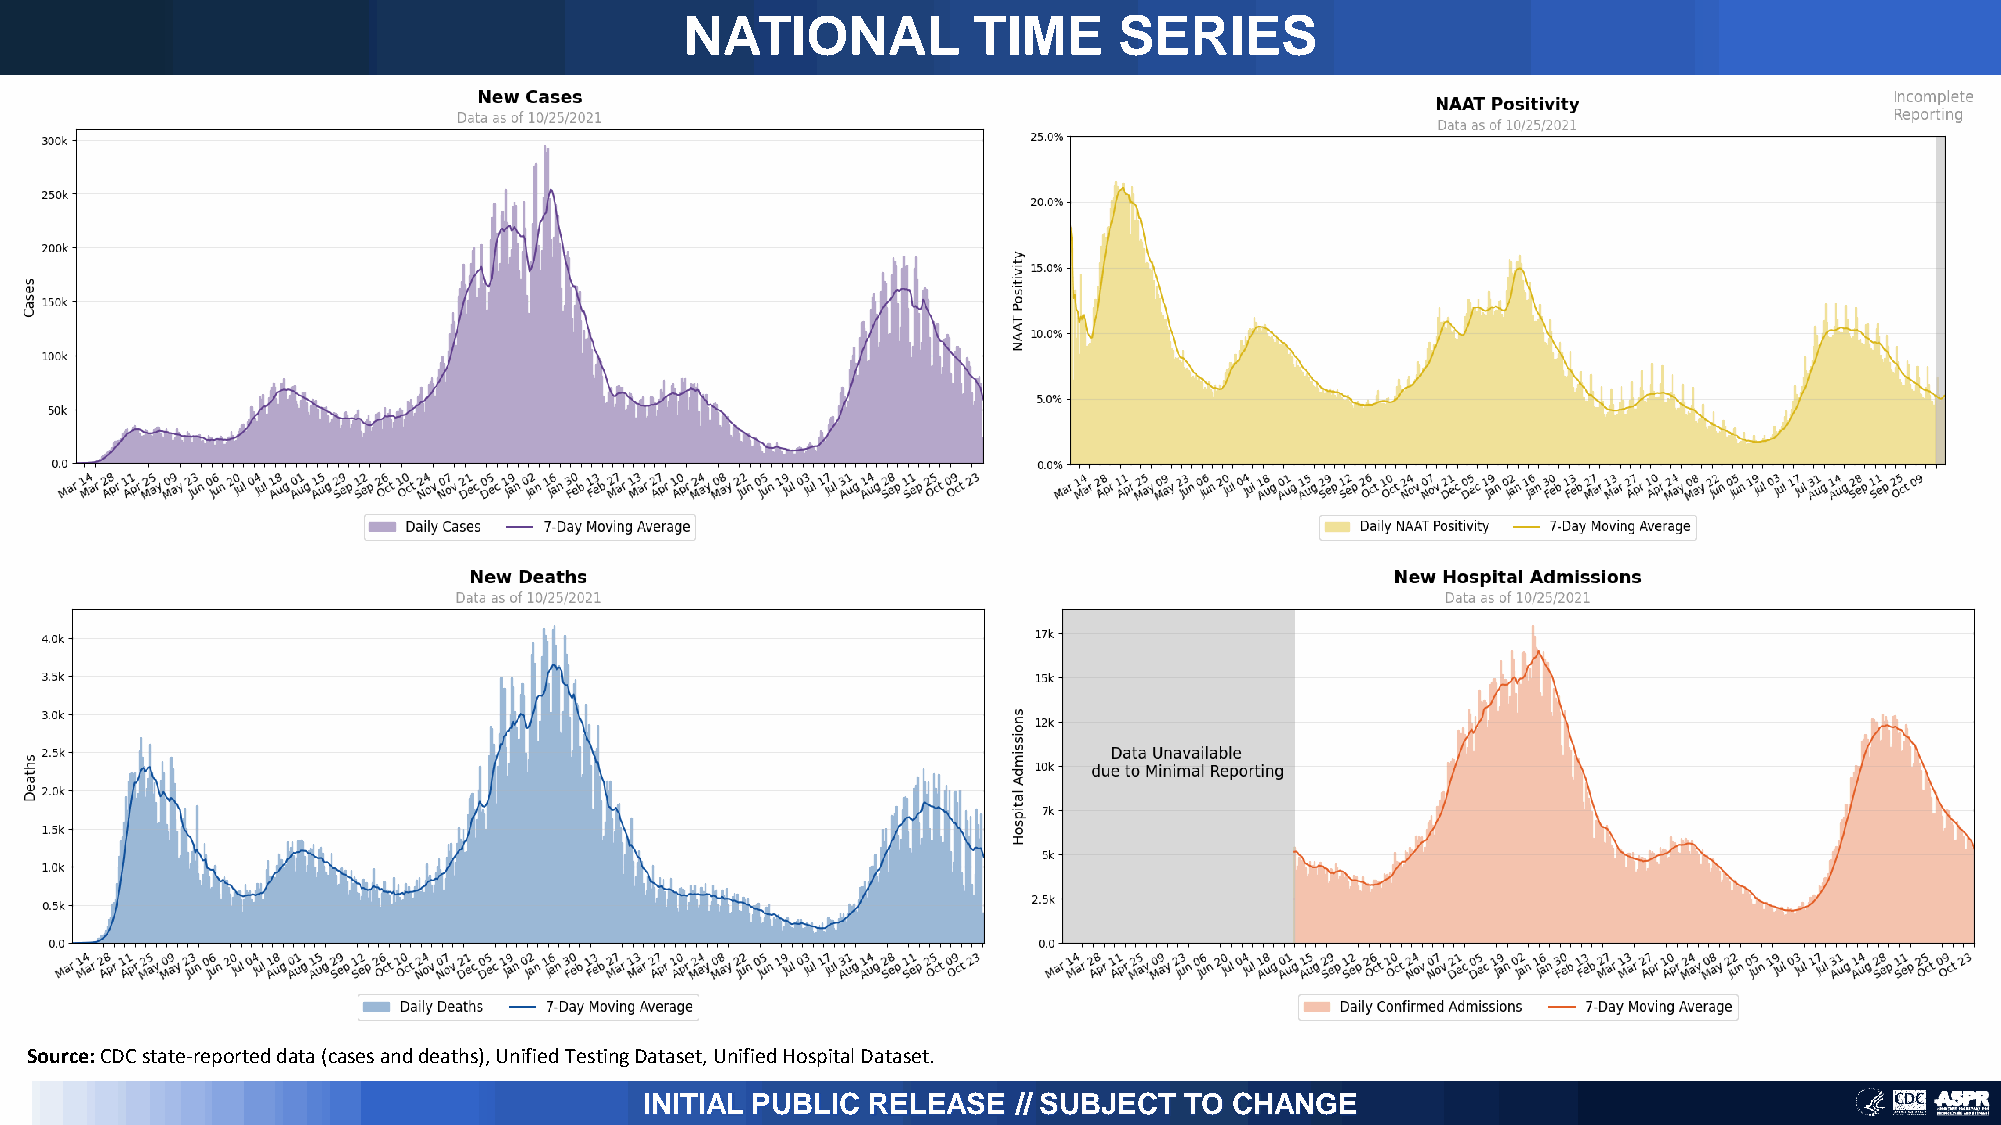
NATIONAL           TIME      SERIES
 Source: CDC state-reported data (cases and deaths), Unified Testing Dataset, Unified Hospital Dataset.
 INITIAL PUBLIC RELEASE  // SUBJECT TO  CHANGE